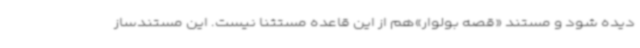
دیده شود و مستند «قصه بولوار»هم از این قاعده مستثنا نیست. این مستندساز